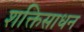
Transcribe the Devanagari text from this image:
शक्तिसाधन